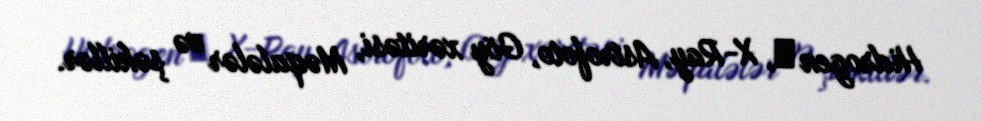
Hidrogen α, X-Ray, Astrofoto, Göy xəritəsi, Məqalələr və şəkillər.